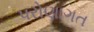
પરોણાગત